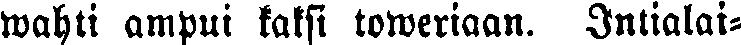
wahti ampui kaksi toweriaan. Intialai-